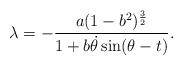
LaTeX: \begin{align*} \lambda=-\frac{a(1-b^2)^{\frac{3}{2}}}{1+b\dot{\theta}\sin(\theta-t)}. \end{align*}